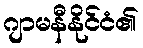
ဂျာမနီနိုင်ငံ၏